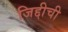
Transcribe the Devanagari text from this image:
जिद्दीची